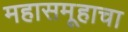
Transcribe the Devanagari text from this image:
महासमूहाचा